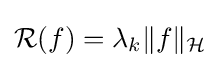
{\mathcal {R}}(f)=\lambda _{k}\lVert f\rVert _{\mathcal {H}}